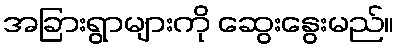
အခြားရွာများကို ဆွေးနွေးမည်။